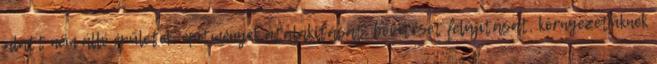
alatt nem álló épületek, építmények átalakítását, bővítését felújítását, környezetüknek